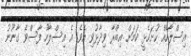
އިސްލާހެއް ހުށަހެޅީ ކަމަށް އިބްރާ ވިދާޅުވި އެވެ. އެ އިސްލާހު ފާސްވެ ގާނޫނު